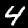
Digit: 4